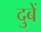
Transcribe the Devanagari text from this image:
दुबें